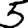
Digit: 5